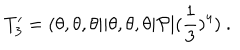
T _ { 3 } ^ { \prime } = ( \theta , \theta , \theta \vert \vert \theta , \theta , \theta \vert { \cal P } \vert ( { \frac { 1 } { 3 } } ) ^ { 4 } ) ~ .